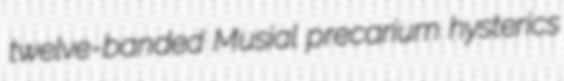
twelve-banded Musial precarium hysterics